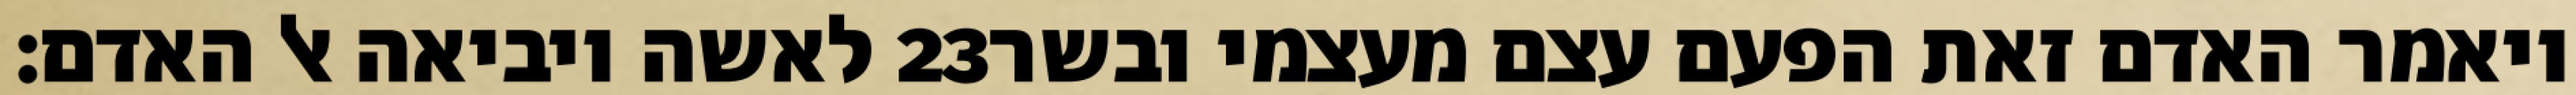
לאשה ויביאה אל האדם׃ ‎23‏ ויאמר האדם זאת הפעם עצם מעצמי ובשר